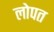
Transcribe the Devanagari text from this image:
लोपत